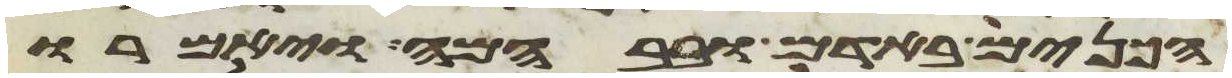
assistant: הכנים באדם ובבהמה ויאמרו